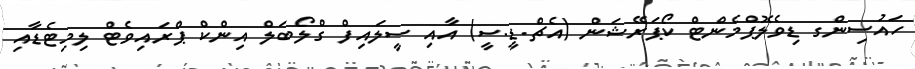
ހައުސިންގ ޑިވެލޮޕްމެންޓް ކޯޕަރޭޝަން (އެޗް.ޑީ.ސީ) އާއި ސީލައިފް ގްލޯބަލް އިންކް ޕްރައިވެޓް ލިމިޓެޑާއި